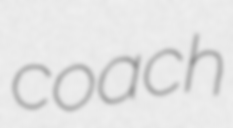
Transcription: coach